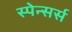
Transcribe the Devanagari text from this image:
स्पेन्सर्स